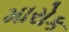
મારોક